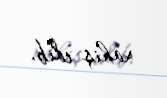
xahiş edib.